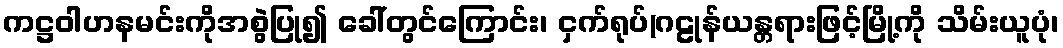
ကဋ္ဌဝါဟနမင်းကိုအစွဲပြု၍ ခေါ်တွင်ကြောင်း၊ ငှက်ရုပ်(ဂဠုန်ယန္တရားဖြင့်မြို့ကို သိမ်းယူပုံ၊